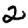
Digit: 2